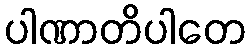
ပါဏာတိပါတေ